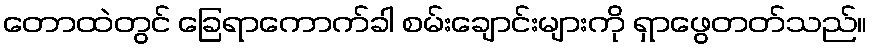
တောထဲတွင် ခြေရာကောက်ခါ စမ်းချောင်းများကို ရှာဖွေတတ်သည်။